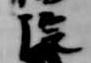
院